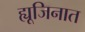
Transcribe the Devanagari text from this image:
ह्यूजिनात